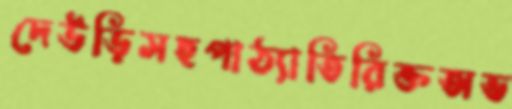
দেউড়িসহপাঠ্যাতিরিক্তঅভ